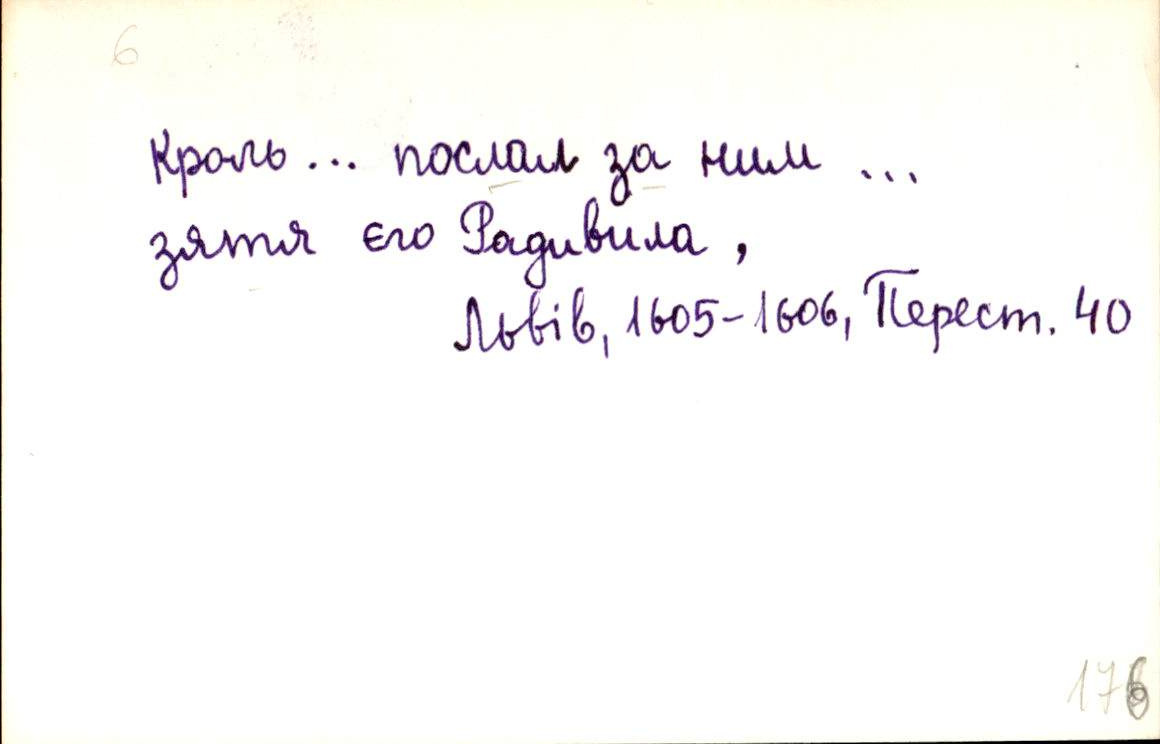
Кроль … послал за ним …
зятя єго Радивила ,
Львів, 1605-1606, Перест. 40